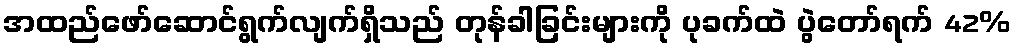
အထည်ဖော်ဆောင်ရွက်လျက်ရှိသည် တုန်ခါခြင်းများကို ပုခက်ထဲ ပွဲတော်ရက် 42%